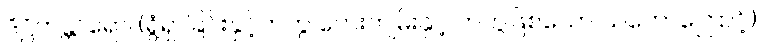
ဒိဋ္ဌိကန္တာရော၊ (ရွံရှာခြင်းနှင့်တကွ ဘေးကျမ်းနှင့် တကွဖြစ်သော သဘောကြောင့်)